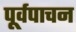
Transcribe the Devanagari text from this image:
पूर्वपाचन